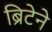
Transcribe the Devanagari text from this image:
ब्रिटेने